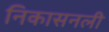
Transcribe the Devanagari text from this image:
निकासनली